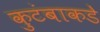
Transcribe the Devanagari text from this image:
कुटंबाकडे